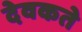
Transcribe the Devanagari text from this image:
देवकते